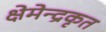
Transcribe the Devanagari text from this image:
क्षेमेन्द्रकृत